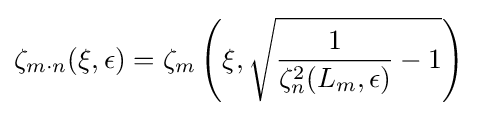
\zeta _{m\cdot n}(\xi ,\epsilon )=\zeta _{m}\left(\xi ,{\sqrt {{\frac {1}{\zeta _{n}^{2}(L_{m},\epsilon )}}-1}}\right)